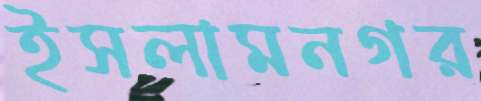
ইসলামনগর